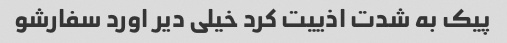
پیک به شدت اذییت کرد خیلی دیر اورد سفارشو